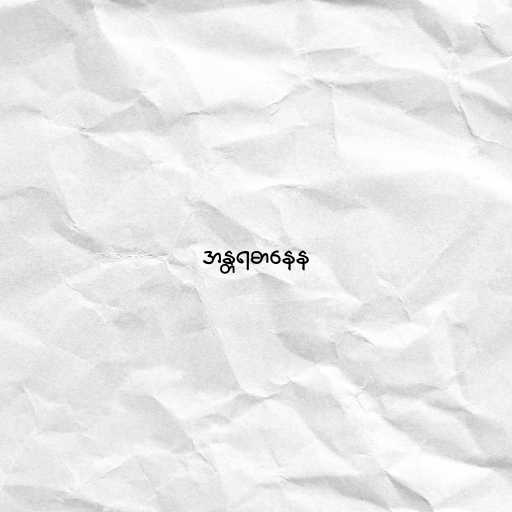
အန္တရဓာနေန